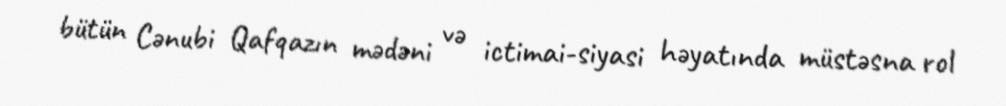
bütün Cənubi Qafqazın mədəni və ictimai-siyasi həyatında müstəsna rol